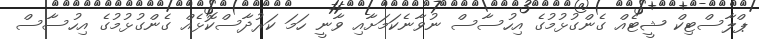
ޕްލާސްޓިކް ޝީޓެއް ގެންގުޅުމުގެ އިހުސާސް ނުވާނެކަމަށާއި ވާނީ ހަމަ ކަރުދާސްކޮޅެއް ގެންގުޅުމުގެ އިހުސާސް